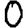
Digit: 0